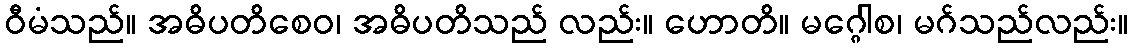
ဝီမံသည်။ အဓိပတိစေဝ၊ အဓိပတိသည် လည်း။ ဟောတိ။ မဂ္ဂေါစ၊ မဂ်သည်လည်း။